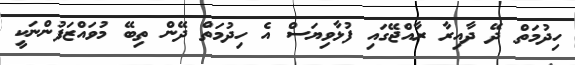
ހިދުމަތް ދޭ ދާއިރާ ރާއްޖޭގައި ފުޅާވިޔަސް އެ ހިދުމަތް ދޭން ތިބޭ މުވައްޒަފުންނަކީ